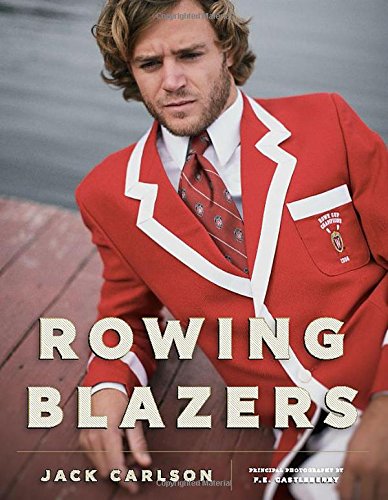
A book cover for Rowing Blazers; Jack Carlson; Humor & Entertainment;